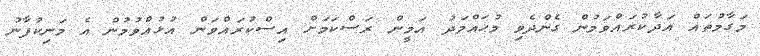
މަގާމުތައް އަދާކުރައްވަމުން ގެންދެވި މުޙައްމަދު އަމީން ރަސްކަމަށް އިސްކުރައްވަން އުޅުއްވުމުން އެ މަނިކުފާނު